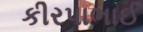
કીરપાભાઈ